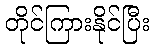
တိုင်ကြားနိုင်ပြီး